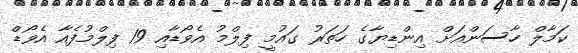
ކަމާލް ހާސަންއަށް އިންޑިޔާގެ ހަތަރު ގައުމީ ފިލްމު އެވޯޑާއި 19 ފިލްމުފެއާ އެވޯޑް